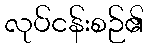
လုပ်ငန်းစဉ်၏